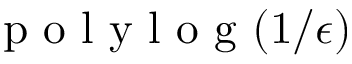
\mathrm { ~ p ~ o ~ l ~ y ~ l ~ o ~ g ~ } ( 1 / \epsilon )